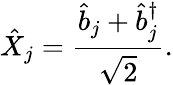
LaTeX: \hat{X}_{j}=\frac{\hat{b}_{j}+\hat{b}_{j}^{\dagger}}{\sqrt{2}}.